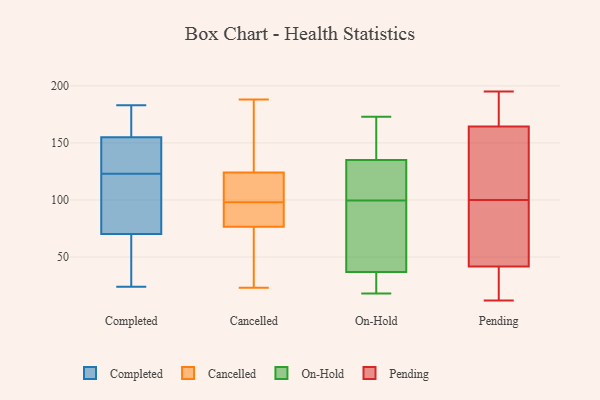
{"axis": {"x": "LTV (USD)", "y": "Value"}, "legend": ["Cancelled", "Completed", "On-Hold", "Pending"], "data": [{"x": "", "y": 33, "type": "Completed"}, {"x": "", "y": 75, "type": "Completed"}, {"x": "", "y": 137, "type": "Completed"}, {"x": "", "y": 25, "type": "Completed"}, {"x": "", "y": 129, "type": "Completed"}, {"x": "", "y": 122, "type": "Completed"}, {"x": "", "y": 161, "type": "Completed"}, {"x": "", "y": 180, "type": "Completed"}, {"x": "", "y": 123, "type": "Completed"}, {"x": "", "y": 74, "type": "Completed"}, {"x": "", "y": 24, "type": "Completed"}, {"x": "", "y": 69, "type": "Completed"}, {"x": "", "y": 167, "type": "Completed"}, {"x": "", "y": 183, "type": "Completed"}, {"x": "", "y": 137, "type": "Completed"}, {"x": "", "y": 124, "type": "Cancelled"}, {"x": "", "y": 98, "type": "Cancelled"}, {"x": "", "y": 74, "type": "Cancelled"}, {"x": "", "y": 23, "type": "Cancelled"}, {"x": "", "y": 50, "type": "Cancelled"}, {"x": "", "y": 92, "type": "Cancelled"}, {"x": "", "y": 152, "type": "Cancelled"}, {"x": "", "y": 124, "type": "Cancelled"}, {"x": "", "y": 84, "type": "Cancelled"}, {"x": "", "y": 91, "type": "Cancelled"}, {"x": "", "y": 160, "type": "Cancelled"}, {"x": "", "y": 108, "type": "Cancelled"}, {"x": "", "y": 116, "type": "Cancelled"}, {"x": "", "y": 188, "type": "Cancelled"}, {"x": "", "y": 40, "type": "Cancelled"}, {"x": "", "y": 123, "type": "On-Hold"}, {"x": "", "y": 173, "type": "On-Hold"}, {"x": "", "y": 92, "type": "On-Hold"}, {"x": "", "y": 162, "type": "On-Hold"}, {"x": "", "y": 113, "type": "On-Hold"}, {"x": "", "y": 24, "type": "On-Hold"}, {"x": "", "y": 26, "type": "On-Hold"}, {"x": "", "y": 136, "type": "On-Hold"}, {"x": "", "y": 18, "type": "On-Hold"}, {"x": "", "y": 134, "type": "On-Hold"}, {"x": "", "y": 70, "type": "On-Hold"}, {"x": "", "y": 107, "type": "On-Hold"}, {"x": "", "y": 47, "type": "On-Hold"}, {"x": "", "y": 45, "type": "On-Hold"}, {"x": "", "y": 29, "type": "On-Hold"}, {"x": "", "y": 144, "type": "On-Hold"}, {"x": "", "y": 70, "type": "Pending"}, {"x": "", "y": 169, "type": "Pending"}, {"x": "", "y": 184, "type": "Pending"}, {"x": "", "y": 80, "type": "Pending"}, {"x": "", "y": 12, "type": "Pending"}, {"x": "", "y": 163, "type": "Pending"}, {"x": "", "y": 45, "type": "Pending"}, {"x": "", "y": 31, "type": "Pending"}, {"x": "", "y": 42, "type": "Pending"}, {"x": "", "y": 187, "type": "Pending"}, {"x": "", "y": 25, "type": "Pending"}, {"x": "", "y": 100, "type": "Pending"}, {"x": "", "y": 155, "type": "Pending"}, {"x": "", "y": 41, "type": "Pending"}, {"x": "", "y": 195, "type": "Pending"}, {"x": "", "y": 162, "type": "Pending"}, {"x": "", "y": 146, "type": "Pending"}]}